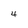
Character: 4